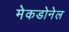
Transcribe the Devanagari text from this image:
मेकडोनेल